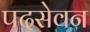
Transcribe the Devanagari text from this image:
पदसेवन